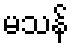
မသန်